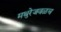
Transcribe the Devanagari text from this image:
मथुरेजवळच